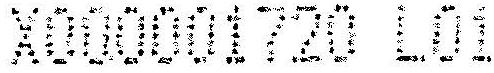
X000001720 L01